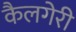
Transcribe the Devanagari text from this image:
कैलगेरी